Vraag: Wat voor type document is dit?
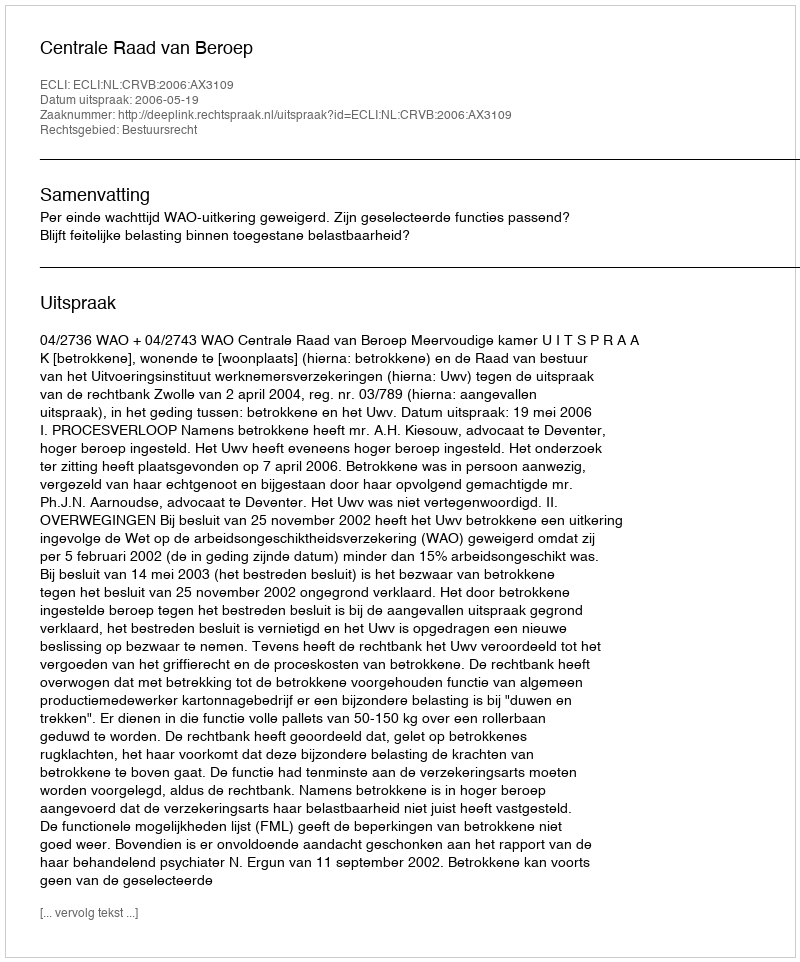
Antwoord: Uitspraak